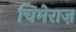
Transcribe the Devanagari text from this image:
चिमेराज़